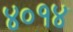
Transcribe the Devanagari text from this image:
४०१४